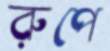
রুপে